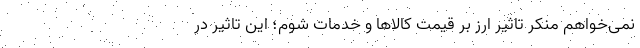
نمی‌خواهم منکر تاثیر ارز بر قیمت کالاها و خدمات شوم؛ این تاثیر در